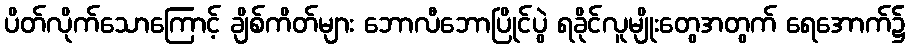
ပိတ်လိုက်သောကြောင့် ချိစ်ကိတ်များ ဘောလီဘောပြိုင်ပွဲ ရခိုင်လူမျိုးတွေအတွက် ရေအောက်၌